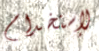
لإستخدام